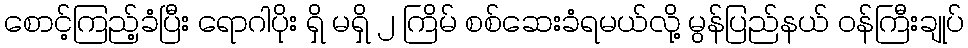
စောင့်ကြည့်ခံပြီး ရောဂါပိုး ရှိ မရှိ ၂ ကြိမ် စစ်ဆေးခံရမယ်လို့ မွန်ပြည်နယ် ဝန်ကြီးချုပ်